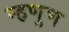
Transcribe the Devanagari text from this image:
म्हणुण